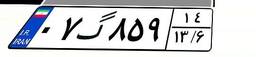
۰۷گ۸۵۹۱۴